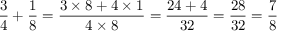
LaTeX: { \frac { 3 } { 4 } } + { \frac { 1 } { 8 } } = { \frac { 3 \times 8 + 4 \times 1 } { 4 \times 8 } } = { \frac { 2 4 + 4 } { 3 2 } } = { \frac { 2 8 } { 3 2 } } = { \frac { 7 } { 8 } }